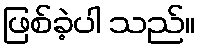
ဖြစ်ခဲ့ပါ သည်။